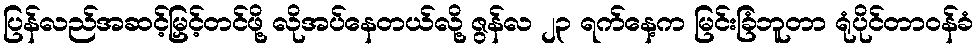
ပြန်လည်အဆင့်မြှင့်တင်ဖို့ လိုအပ်နေတယ်လို့ ဇွန်လ ၂၃ ရက်နေ့က မြင်းခြံဘူတာ ရုံပိုင်တာဝန်ခံ